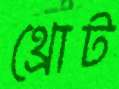
থ্রোট